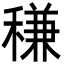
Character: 稴